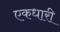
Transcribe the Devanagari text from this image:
एकधारी